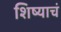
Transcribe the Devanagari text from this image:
शिष्याचं